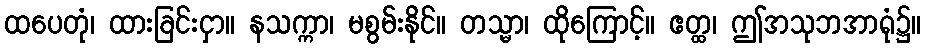
ထပေတုံ၊ ထားခြင်းငှာ။ နသက္ကာ၊ မစွမ်းနိုင်။ တသ္မာ၊ ထိုကြောင့်။ ဧတ္ထ၊ ဤအသုဘအာရုံ၌။